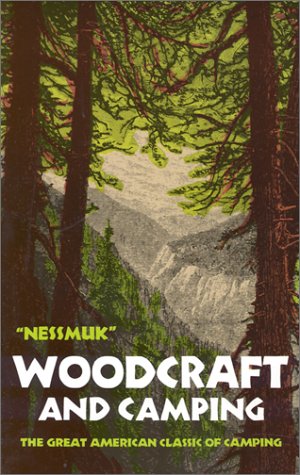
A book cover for Woodcraft and Camping; George W. Sears Nessmuk; Sports & Outdoors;